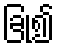
ခြုံ၍